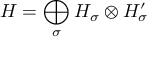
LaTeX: H = \bigoplus _ { \sigma } H _ { \sigma } \otimes H _ { \sigma } ^ { \prime }